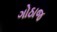
ગોઠાજ